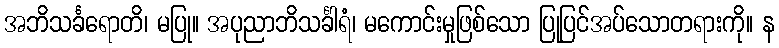
အဘိသင်္ခရောတိ၊ မပြု။ အပုညာဘိသင်္ခါရံ၊ မကောင်းမှုဖြစ်သော ပြုပြင်အပ်သောတရားကို။ န